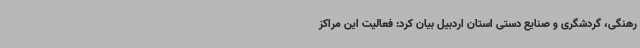
رهنگی، گردشگری و صنایع دستی استان اردبیل بیان کرد: فعالیت این مراکز